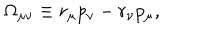
LaTeX: \Omega _ { \mu \nu } \equiv r _ { \mu } p _ { \nu } - r _ { \nu } p _ { \mu } ,